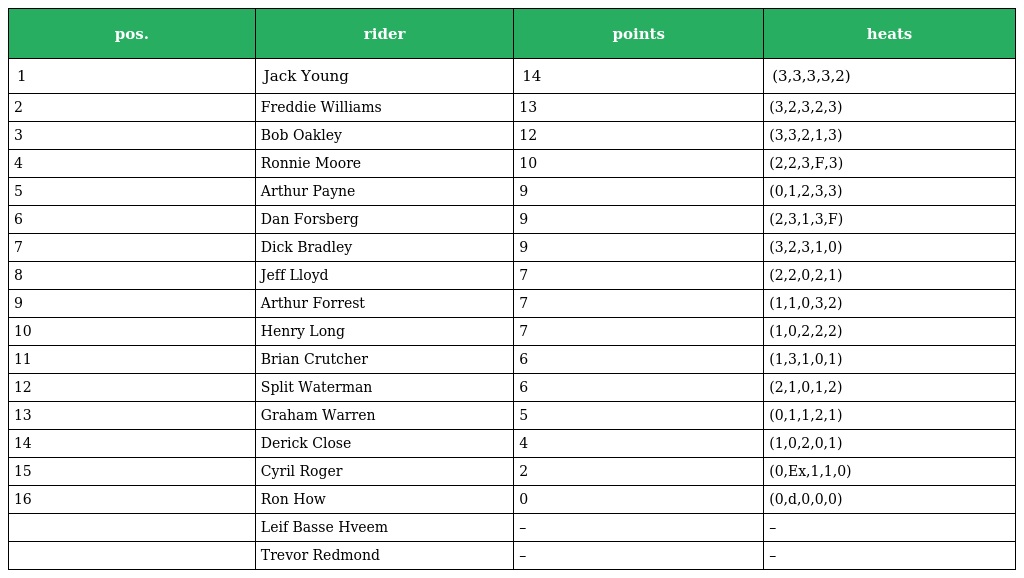
| pos. | rider | points | heats |
 | --- | --- | --- | --- |
 | 1 | Jack Young | 14 | (3,3,3,3,2) |
 | 2 | Freddie Williams | 13 | (3,2,3,2,3) |
 | 3 | Bob Oakley | 12 | (3,3,2,1,3) |
 | 4 | Ronnie Moore | 10 | (2,2,3,F,3) |
 | 5 | Arthur Payne | 9 | (0,1,2,3,3) |
 | 6 | Dan Forsberg | 9 | (2,3,1,3,F) |
 | 7 | Dick Bradley | 9 | (3,2,3,1,0) |
 | 8 | Jeff Lloyd | 7 | (2,2,0,2,1) |
 | 9 | Arthur Forrest | 7 | (1,1,0,3,2) |
 | 10 | Henry Long | 7 | (1,0,2,2,2) |
 | 11 | Brian Crutcher | 6 | (1,3,1,0,1) |
 | 12 | Split Waterman | 6 | (2,1,0,1,2) |
 | 13 | Graham Warren | 5 | (0,1,1,2,1) |
 | 14 | Derick Close | 4 | (1,0,2,0,1) |
 | 15 | Cyril Roger | 2 | (0,Ex,1,1,0) |
 | 16 | Ron How | 0 | (0,d,0,0,0) |
 |  | Leif Basse Hveem | – | – |
 |  | Trevor Redmond | – | – |